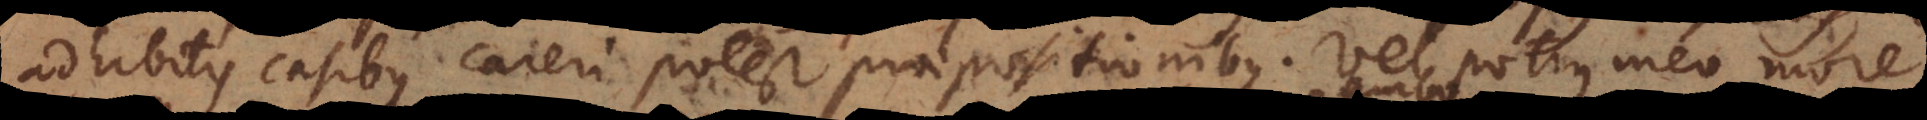
adhibitis casibus careri potest praepositionibus. Vel potius meo more